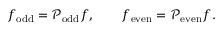
f _ { \mathrm { o d d } } = \mathcal { P } _ { \mathrm { o d d } } f , \qquad f _ { \mathrm { e v e n } } = \mathcal { P } _ { \mathrm { e v e n } } f .